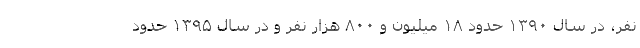
نفر، در سال ۱۳۹۰ حدود ۱۸ میلیون و ۸۰۰ هزار نفر و در سال ۱۳۹۵ حدود